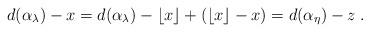
LaTeX: \begin{align*}d(\alpha_\lambda) - x =d(\alpha_\lambda) - \lfloor x \rfloor + (\lfloor x \rfloor - x) = d(\alpha_\eta) - z \; .\end{align*}